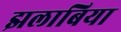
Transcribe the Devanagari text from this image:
झलाबिया